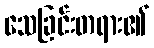
သေခြင်းတရား၏